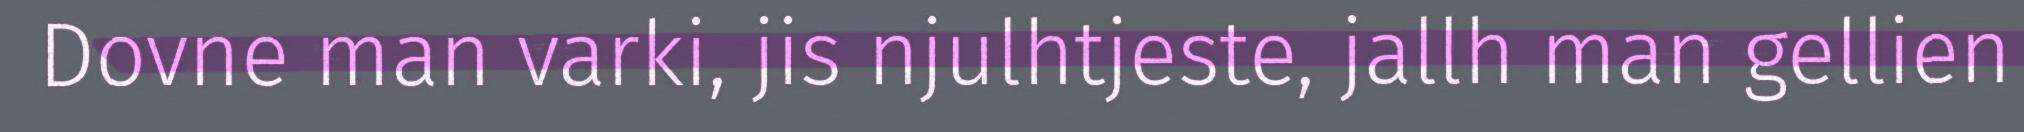
Dovne man varki, jis njulhtjeste, jallh man gellien